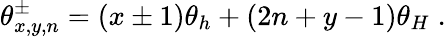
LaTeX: \theta_{x,y,n}^{\pm}=(x\pm 1)\theta_{h}+(2n+y-1)\theta_{H}\; .